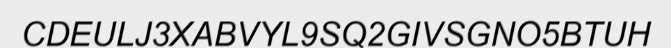
CDEULJ3XABVYL9SQ2GIVSGNO5BTUH